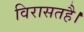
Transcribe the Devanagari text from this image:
विरासतहै।